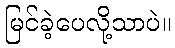
မြင်ခဲ့ပေလို့သာပဲ။